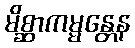
မိစ္ဆာကမ္မန္တေန